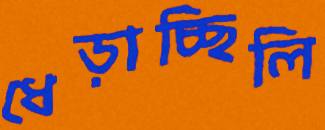
ধেড়াচ্ছিলি